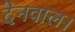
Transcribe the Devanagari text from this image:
देनवाल।